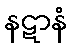
နဋာနံ